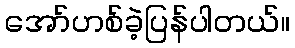
အော်ဟစ်ခဲ့ပြန်ပါတယ်။